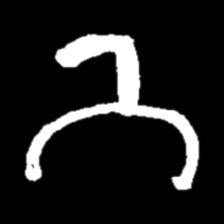
Pyu character \u2014 Myanmar letter: ဘ (romanized: bha)